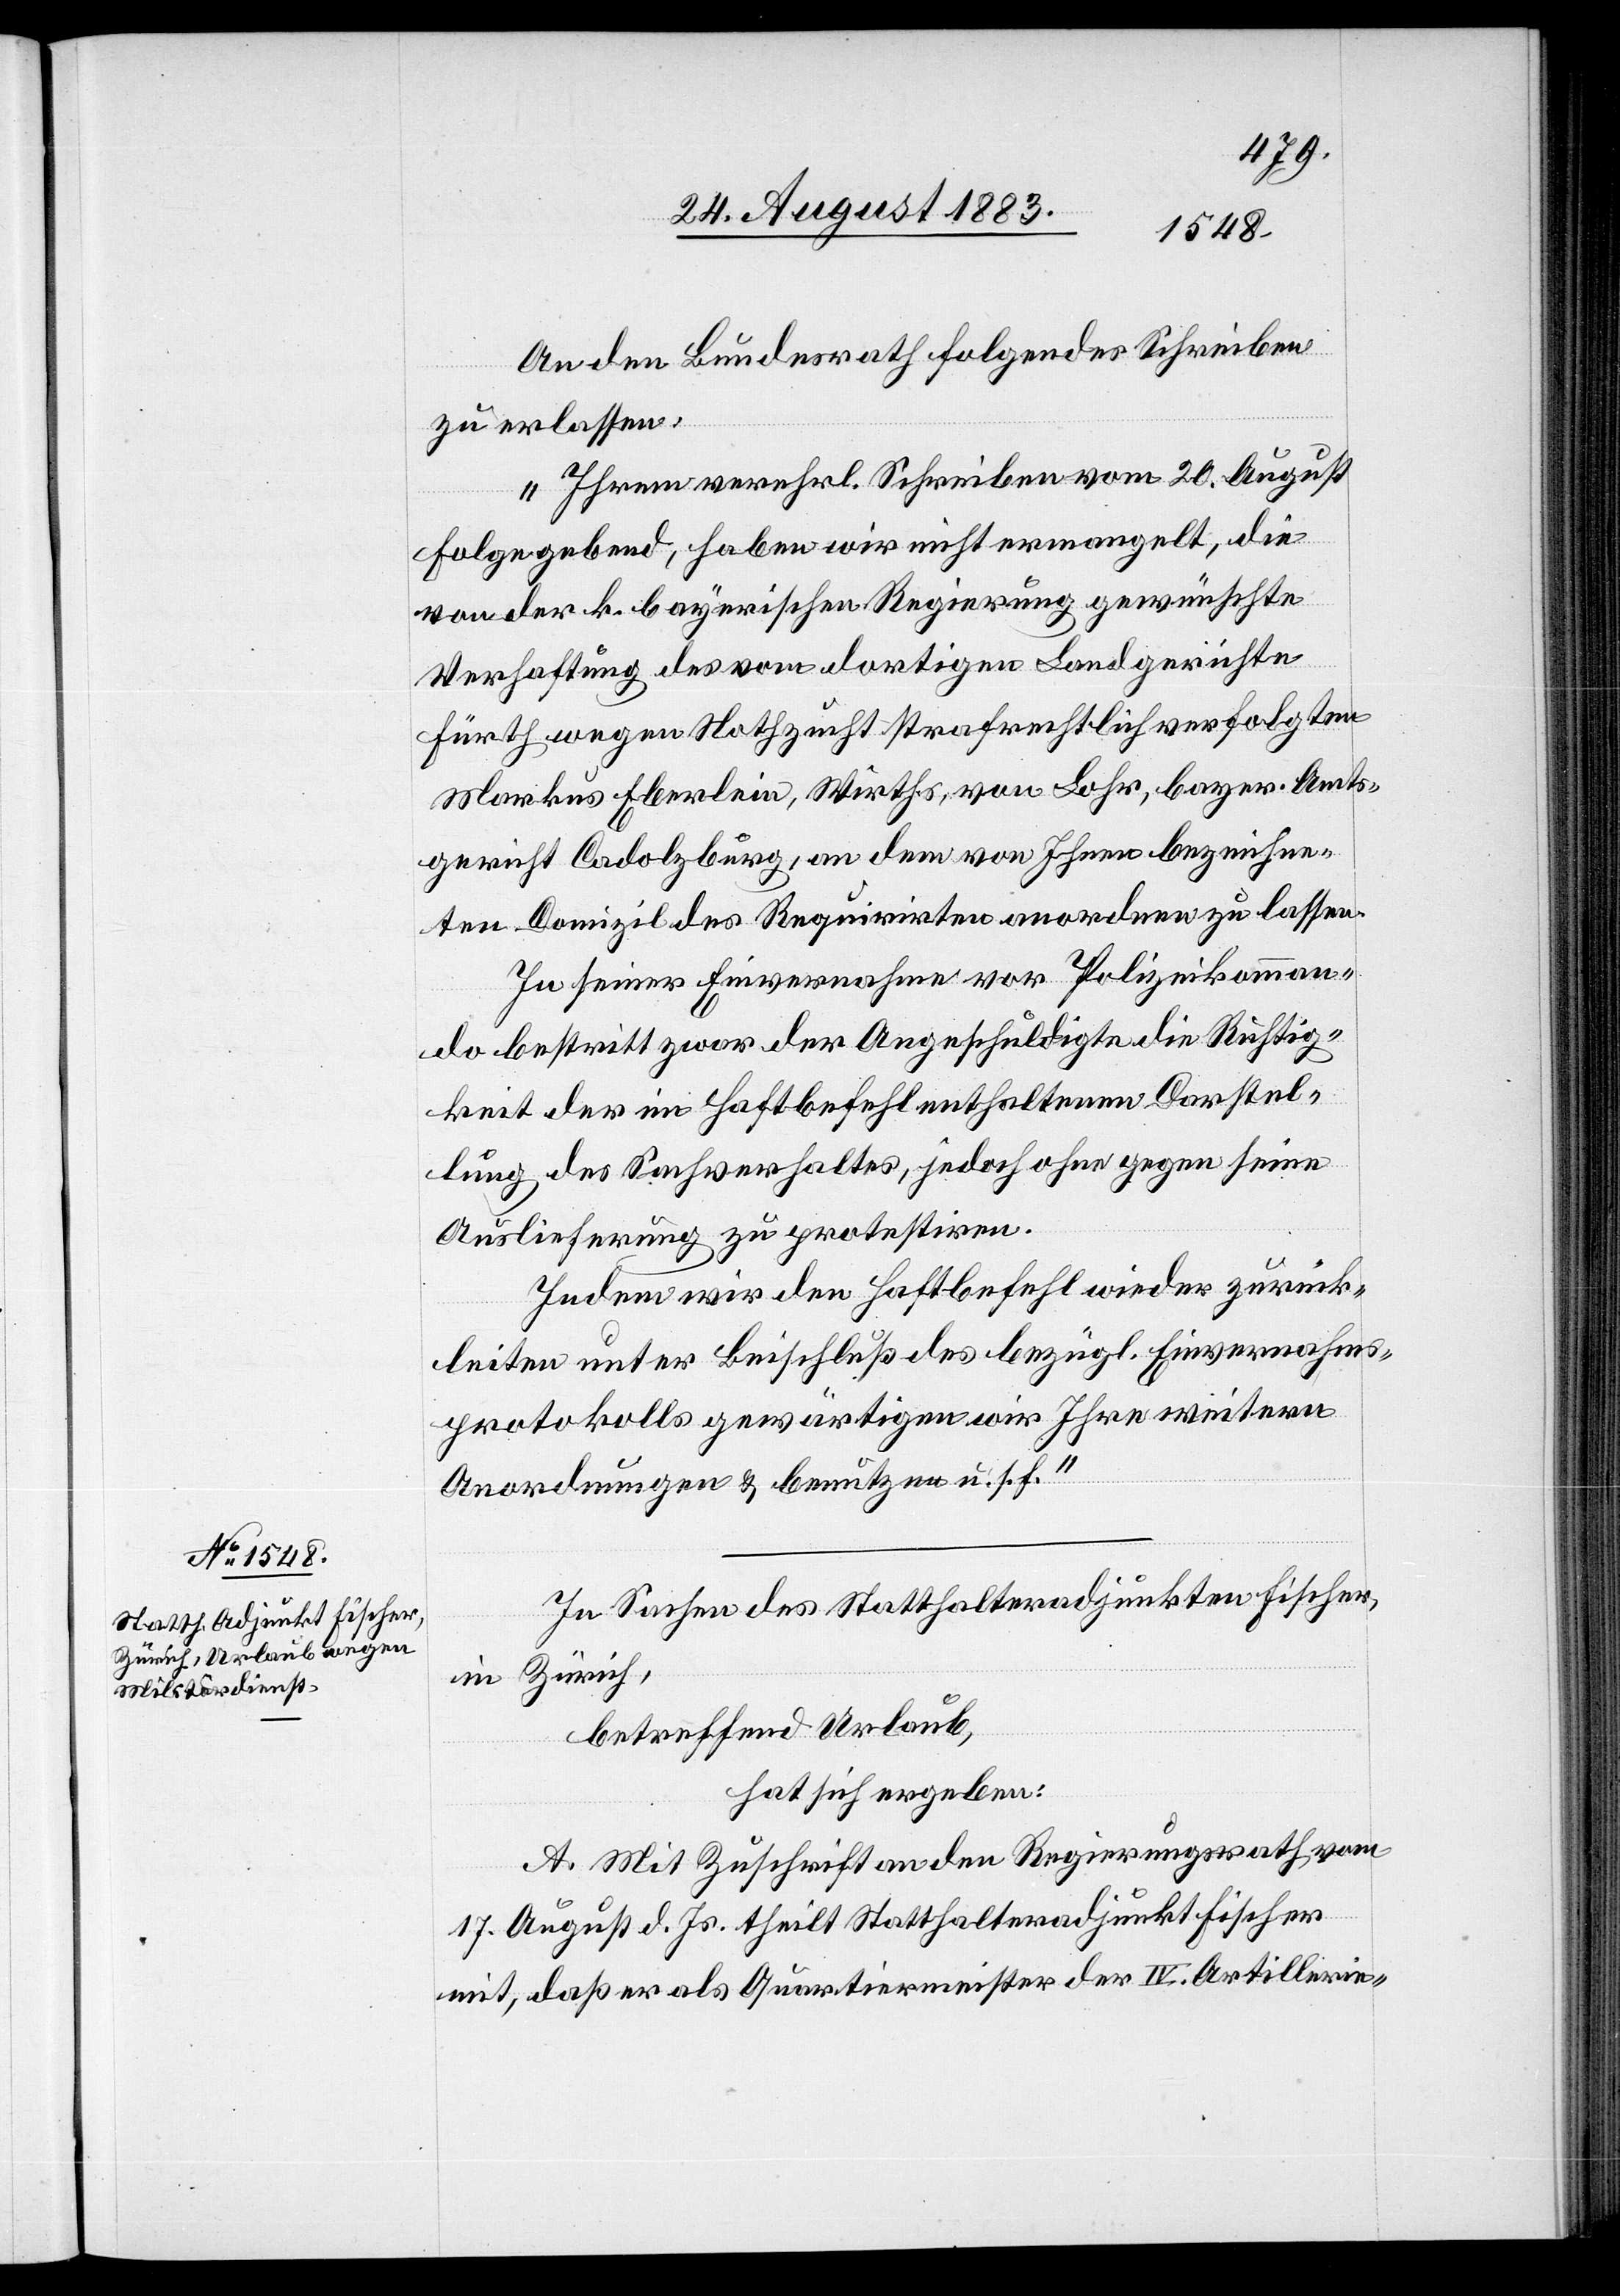
An den Bundesrath folgendes Schreiben
zu erlassen:
„Ihrem verehrl. Schreiben vom 20. August
Folge gebend, haben wir nicht ermangelt, die
von der k. bayerischen Regierung gewünschte
Verhaftung des vom dortigen Landgerichte
Fürth wegen Nothzucht strafrechtlich verfolgten
Markus Eberlein, Wirths, von Lohr, bayer. Amts¬
gericht Cadolzburg, an dem von Ihnen bezeichne¬
ten Domizil des Requirirten anordnen zu lassen.
In seiner Einvernahme vor Polizeikomman¬
do bestritt zwar der Angeschuldigte die Richtig¬
keit der im Haftbefehl enthaltenen Darstel¬
lung des Sachverhaltes, jedoch ohne gegen seine
Auslieferung zu protestiren.
Indem wir den Haftbefehl wieder zurück¬
leiten unter Beischluß des bezügl. Einvernahms¬
protokolls gewärtigen wir Ihre weitern
Anordnungen & benutzen u. s. f.“
In Sachen des Statthalteradjunkten Fischer,
in Zürich,
betreffend Urlaub,
hat sich ergeben:
A. Mit Zuschrift an den Regierungsrath vom
17. August d. Js. theilt Statthalteradjunkt Fischer
mit, daß er als Quartiermeister der IV. Artillerie-